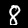
Digit: 8